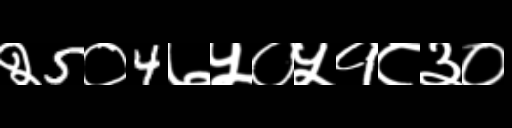
Text: २5०4७५०५१८३०